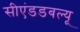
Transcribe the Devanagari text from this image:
सीएंडडबल्यू